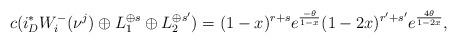
LaTeX: \begin{align*}c(i^{*}_{D}W^{-}_{i}(\nu^{j})\oplus L_{1}^{\oplus s} \oplus L_{2}^{\oplus s'} )=(1-x)^{r+s}e^{\frac{-\theta}{1-x}}(1-2x)^{r'+s'}e^{\frac{4\theta}{1-2x}},\end{align*}